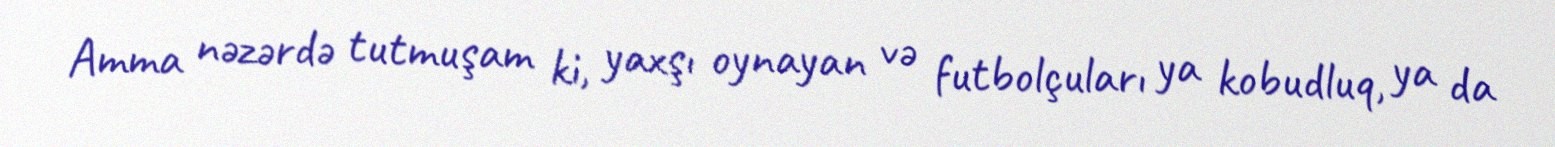
Amma nəzərdə tutmuşam ki, yaxşı oynayan və futbolçuları ya kobudluq, ya da